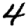
Digit: 4